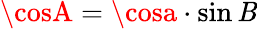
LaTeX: \cosA=\cosa\cdot\sin\mathit{B}